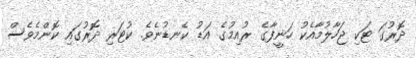
ދޮރުގަ ޓަކި ޖަހާލުމާއެކު ހަނީފާގެ ރުއިމުގެ އަޑު ކެނޑުނެވެ. ކުޓަރި ދޮރުގައި ކޮންމެވެސް